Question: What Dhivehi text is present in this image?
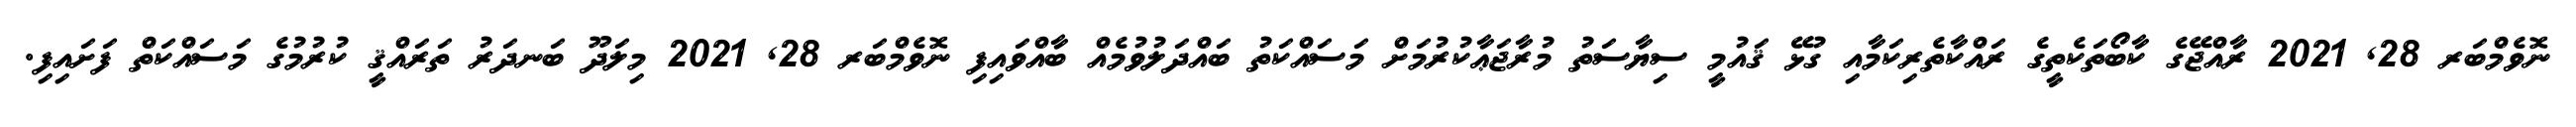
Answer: ނޮވެމްބަރ 28, 2021 ރާއްޖޭގެ ކާބޯތަކެތީގެ ރައްކާތެރިކަމާއި ގުޅޭ ޤައުމީ ސިޔާސަތު މުރާޖަޢާކުރުމަށް މަސައްކަތު ބައްދަލުވުމެއް ބާއްވައިފި ނޮވެމްބަރ 28, 2021 މިލަދޫ ބަނދަރު ތަރައްޤީ ކުރުމުގެ މަސައްކަތް ފަށައިފި.